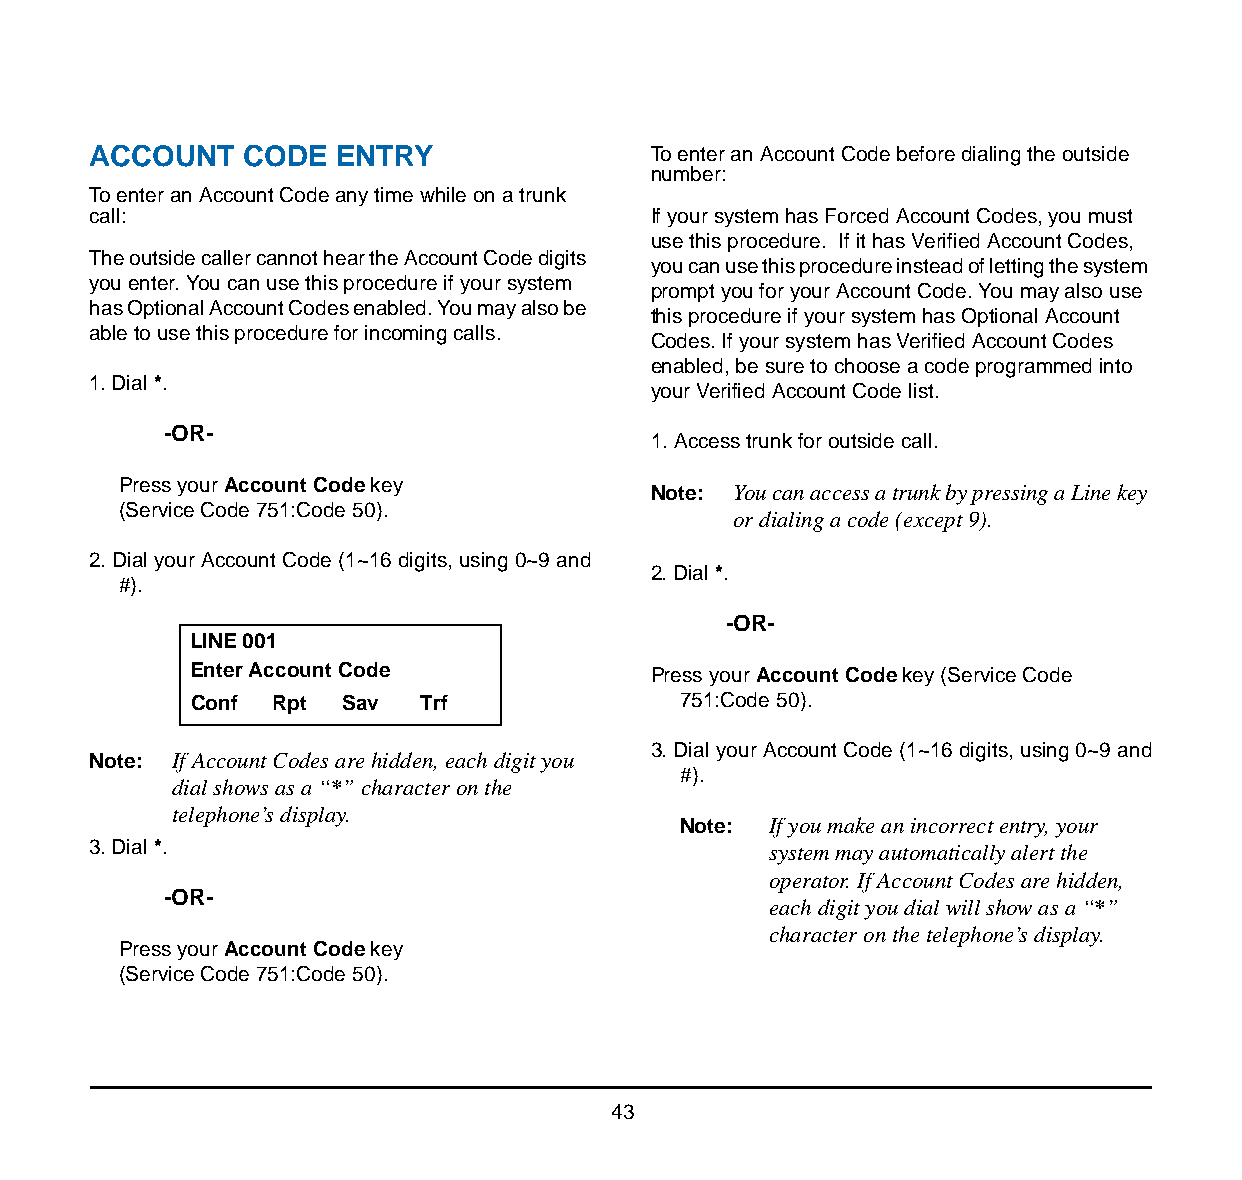
ACCOUNT    CODE  ENTRY                To enter an Account Code before dialing the outside
 number:
 To enter an Account Code any time while on a trunk
 call:                                 If your system has Forced Account Codes, you must
 use this procedure. If it has Verified Account Codes,
 The outside caller cannot hear the Account Code digits
 you can use this procedure instead of letting the system
 you enter. You can use this procedure if your system
 prompt you for your Account Code. You may also use
 has Optional Account Codes enabled. You may also be
 this procedure if your system has Optional Account
 able to use this procedure for incoming calls.
 Codes. If your system has Verified Account Codes
 enabled, be sure to choose a code programmed into
 1. Dial *.
 your Verified Account Code list.
 -OR-
 1. Access trunk for outside call.
 Press your Account Code key         Note: You can access a trunk by pressing a Line key
 (Service Code 751:Code 50).
 or dialing a code (except 9).
 2. Dial your Account Code (1~16 digits, using 0~9 and
 2. Dial *.
 #).
 -OR-
 LINE 001
 Enter Account Code             Press your Account Code key (Service Code
 Conf  Rpt Sav  Trf               751:Code 50).
 3. Dial your Account Code (1~16 digits, using 0~9 and
 Note: If Account Codes are hidden, each digit you
 #).
 dial shows as a “*” character on the
 telephone’s display.
 Note: If you make an incorrect entry, your
 3. Dial *.                                   system may automatically alert the
 operator. If Account Codes are hidden,
 -OR-
 each digit you dial will show as a “*”
 character on the telephone’s display.
 Press your Account Code key
 (Service Code 751:Code 50).
 43